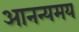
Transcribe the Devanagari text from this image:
आनन्यमय